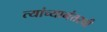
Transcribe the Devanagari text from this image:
त्यांच्यानंतरची